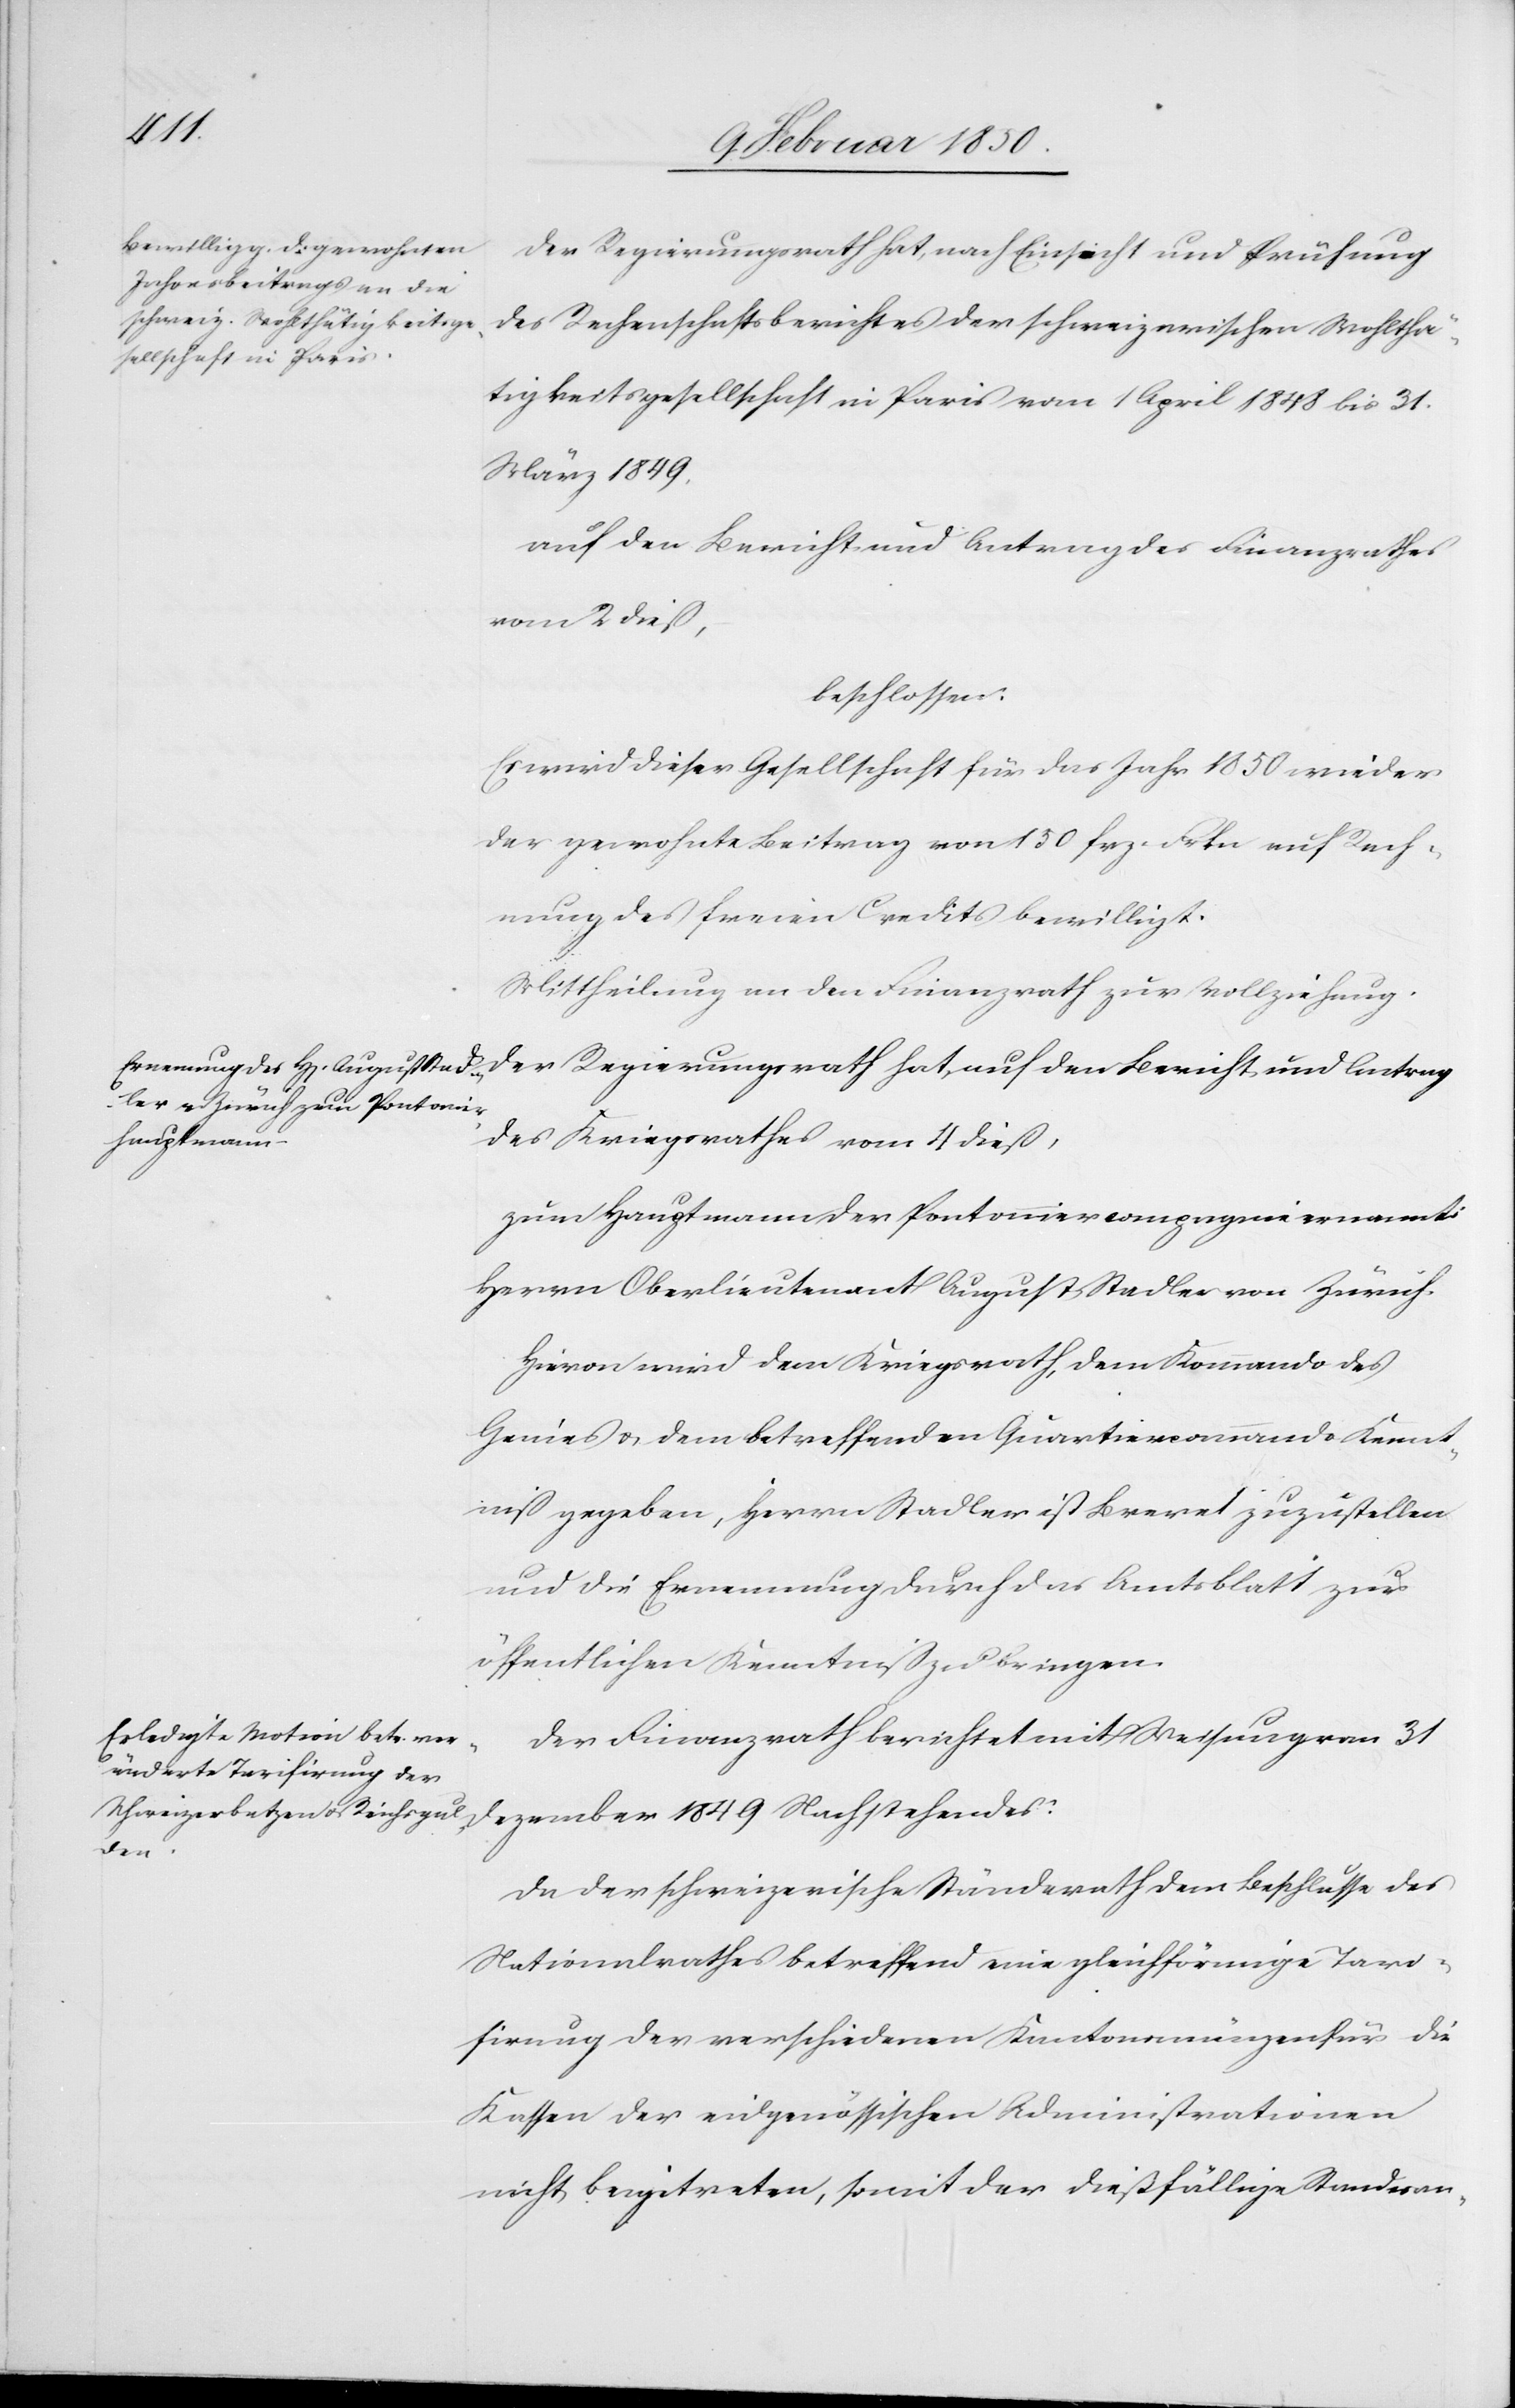
Der Regierungsrath hat, auf den Bericht und Antrag
des Rechenschaftsberichtes der schweizerischen Wohlth¬
täigkeitsgesellschaft in Paris vom 1 April 1848 bis 31.
May 1849
auf den Bericht und Antrag des Finanzrathes
vom 2 dieß,
beschlossen:
Es wird dieser Gesellschaft für das Jahr 1850 wieder
der gewohnte Beitrag von 150 frz. Frkn auf Rech¬
nung des freien Credits bewilligt.
des Kriegsrathes vom 4 dieß,
zum Hauptmann der Pontonniercompagnie ernannt:
Herrn Oberlieutenant August Stadler von Zürich.
Hievon wird dem Kriegsrath, dem Kommando des
Genies u. dem betreffenden Quartiercommando Kennt¬
niß gegeben, Herrn Stadler ist Brevet zuzustellen
und die Ernennung durch das Amtsblatt zur
öffentlichen Kenntniß zu bringen.
Der Finanzrath berichtet mit Weisung vom 31
Dezember 1849 Nachstehendes:
Da der schweizerische Ständerath dem Beschlusse des
Nationalrathes betreffend eine gleichförmige Tari¬
firung der verschiedenen Kantonsmünzen für die
Kassen der eidgenössischen Administrationen
nicht beigetreten, somit der dießfällige Standesan-